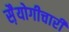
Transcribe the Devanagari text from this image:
स़ैयोगीचारी